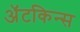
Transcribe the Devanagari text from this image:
अॅटकिन्स